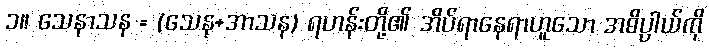
၁။ သေနာသန = (သေန+အာသန) ရဟန်းတို့၏ အိပ်ရာနေရာဟူသော အဓိပ္ပာယ်ကို